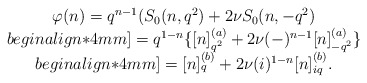
\begin{align*}\begin{array}{c}\varphi (n) = q^{n-1} (S_{0}(n,q^2) + 2\nu S_{0}(n,-q^2)\\begin{align*}4mm]= q^{1-n} \{ [n]^{(a)}_{q^2} + 2\nu (-)^{n-1} [n]^{(a)}_{-q^{2}}\}\\begin{align*}4mm]= [n]^{(b)}_{q} + 2\nu (i)^{1-n} [n]^{(b)}_{iq} . \end{array}\end{align*}